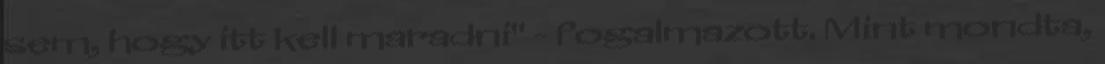
sem, hogy itt kell maradni" - fogalmazott. Mint mondta,